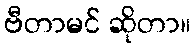
ဗီတာမင် ဆိုတာ။